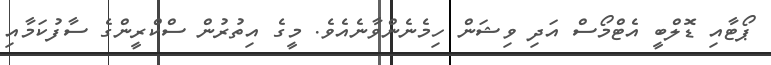
ޕޯޓާއި ޑޮލްބީ އެޓްމޯސް އަދި ވިޝަން ހިމެނެންވާނެއެވެ. މީގެ އިތުުރުން ސްކްރީންގެ ސާފުކަމާއި